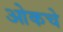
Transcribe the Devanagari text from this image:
ओकचे